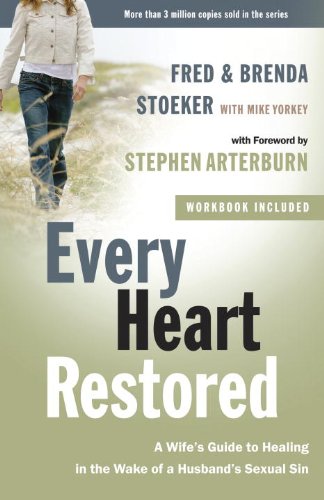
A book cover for Every Heart Restored: A Wife's Guide to Healing in the Wake of a Husband's Sexual Sin (The Every Man Series); Fred Stoeker; Christian Books & Bibles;